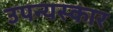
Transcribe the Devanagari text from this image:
उपन्यस्कार